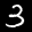
Label: 3